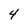
Character: 4